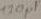
Text: 120µF